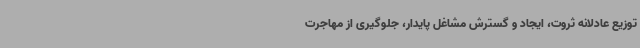
توزیع عادلانه ثروت، ایجاد و گسترش مشاغل پایدار، جلوگیری از مهاجرت